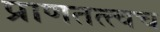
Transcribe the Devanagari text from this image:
प्राणतत्त्वच